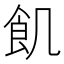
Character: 飢